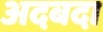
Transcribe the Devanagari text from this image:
अदबदा